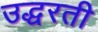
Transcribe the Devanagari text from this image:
उद्धरती